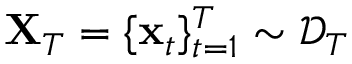
\mathbf { X } _ { T } = \{ \mathbf { x } _ { t } \} _ { t = 1 } ^ { T } \sim \mathcal { D } _ { T }